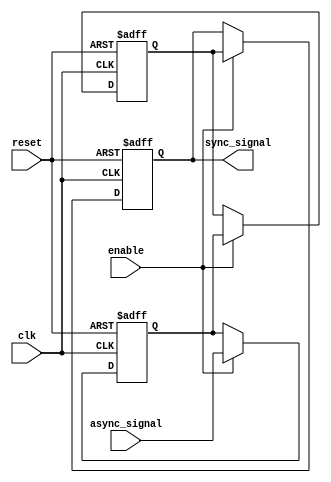
module meta_stability_filter #(
    parameter WIDTH = 1 // Width of the input signal
)(
    input wire clk,                     // Receiving clock signal
    input wire async_signal,             // Asynchronous input signal
    input wire reset,                    // Active-high reset signal
    input wire enable,                   // Active-high enable signal
    output reg [WIDTH-1:0] sync_signal   // Synchronized output signal
);

    // Internal flip-flop signals
    reg [WIDTH-1:0] ff1; // Output of the first flip-flop
    reg [WIDTH-1:0] ff2; // Output of the second flip-flop

    always @(posedge clk or posedge reset) begin
        if (reset) begin
            ff1 <= 0;   // Initialize first flip-flop output on reset
            ff2 <= 0;   // Initialize second flip-flop output on reset
        end else if (enable) begin
            ff1 <= async_signal; // Sample the asynchronous signal in the first flip-flop
            ff2 <= ff1;          // Sample the output of ff1 in the second flip-flop
        end
    end

    always @(posedge clk or posedge reset) begin
        if (reset) begin
            sync_signal <= 0; // Initialize synchronized output on reset
        end else if (enable) begin
            sync_signal <= ff2; // Output the result from the second flip-flop
        end
    end

endmodule